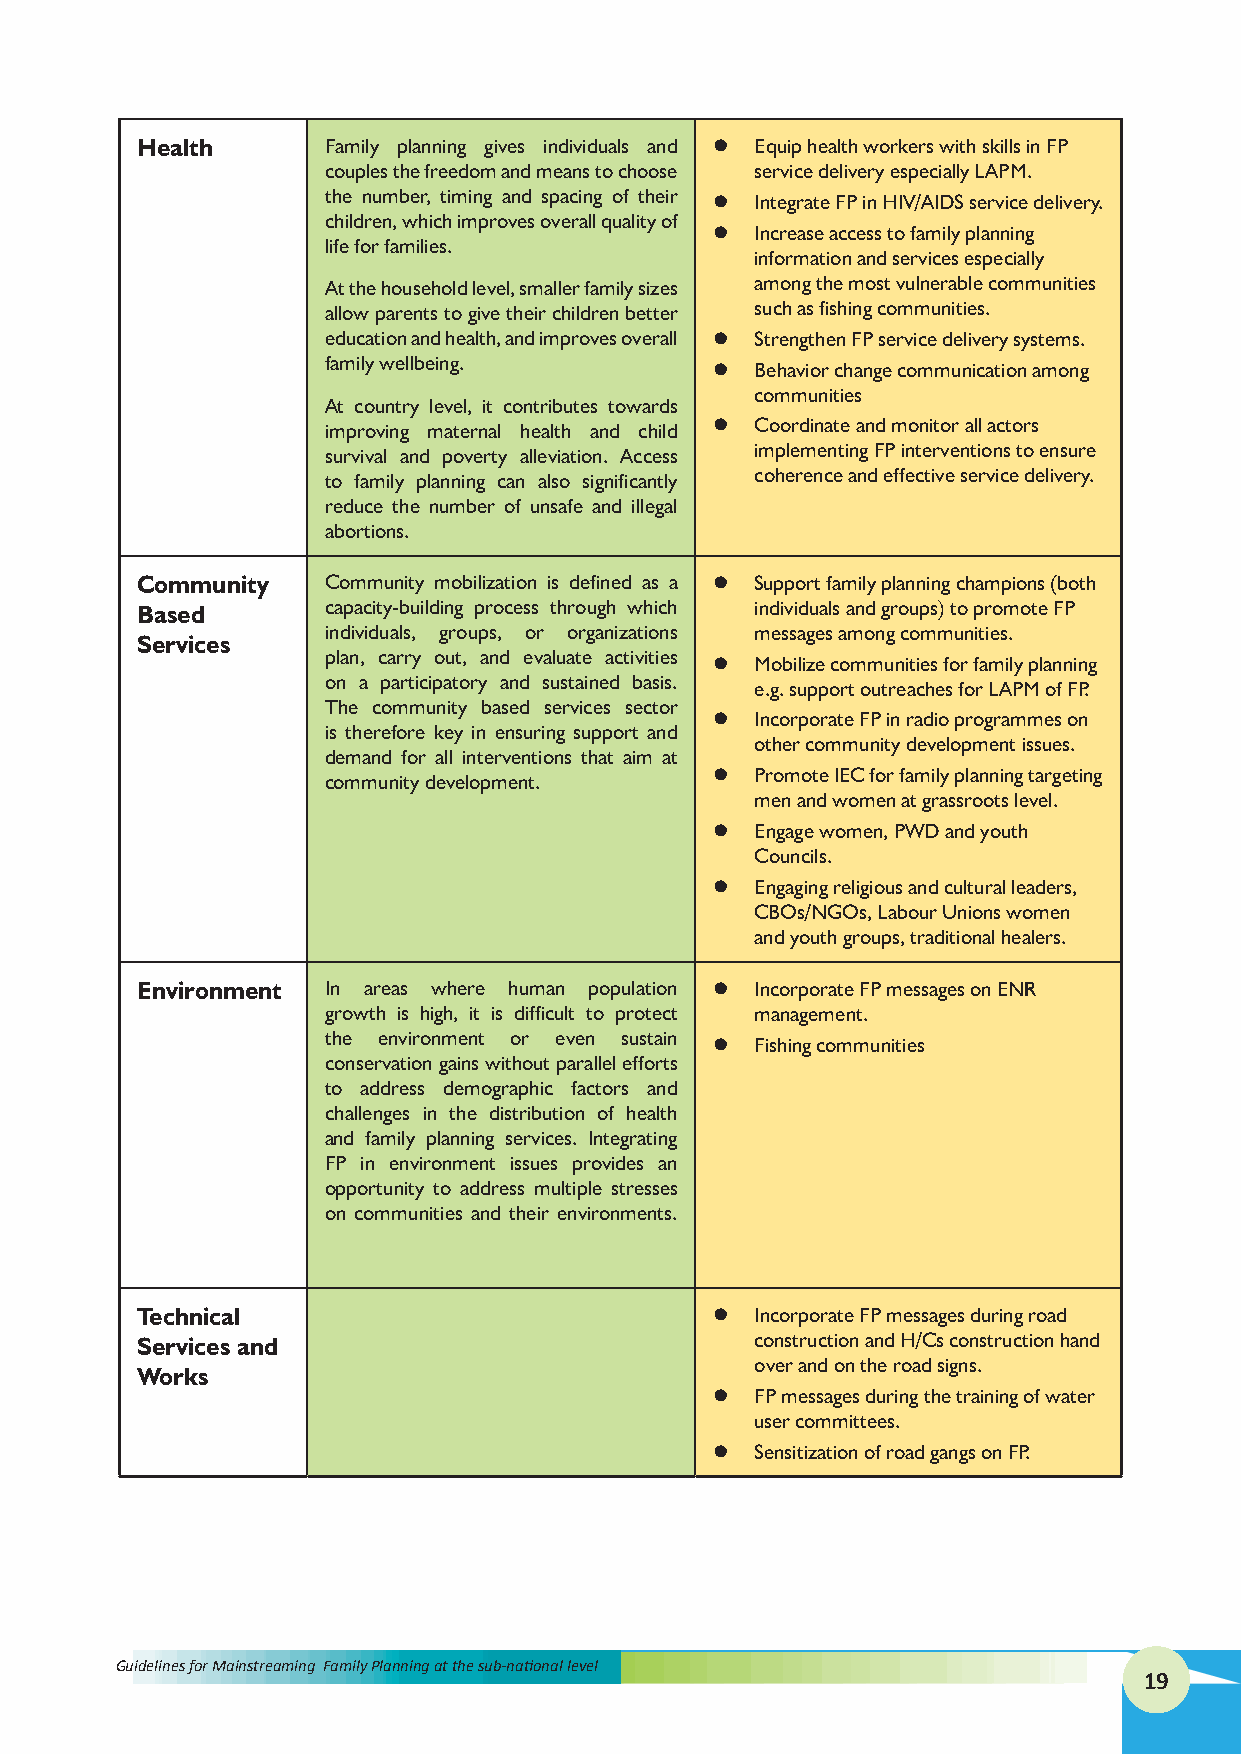
Health       Family planning gives individuals and l Equip health workers with skills in FP
 couples the freedom and means to choose service delivery especially LAPM.
 the number, timing and spacing of their l Integrate FP in HIV/AIDS service delivery.
 children, which improves overall quality of
 l  Increase access to family planning
 life for families.
 information and services especially
 At the household level, smaller family sizes among the most vulnerable communities
 allow parents to give their children better such as fishing communities.
 education and health, and improves overall l Strengthen FP service delivery systems.
 family wellbeing.        l  Behavior change communication among
 communities
 At country level, it contributes towards
 improving maternal health and child l Coordinate and monitor all actors
 survival and poverty alleviation. Access implementing FP interventions to ensure
 to family planning can also significantly coherence and effective service delivery.
 reduce the number of unsafe and illegal
 abortions.
 Community    Community mobilization is defined as a l Support family planning champions (both
 Based        capacity-building process through which individuals and groups) to promote FP
 individuals, groups, or organizations messages among communities.
 Services
 plan, carry out, and evaluate activities l Mobilize communities for family planning
 on a participatory and sustained basis. e.g. support outreaches for LAPM of FP.
 The community based services sector
 l  Incorporate FP in radio programmes on
 is therefore key in ensuring support and
 other community development issues.
 demand for all interventions that aim at
 l  Promote IEC for family planning targeting
 community development.
 men and women at grassroots level.
 l  Engage women, PWD and youth
 Councils.
 l  Engaging religious and cultural leaders,
 CBOs/NGOs, Labour Unions women
 and youth groups, traditional healers.
 Environment  In areas where human population l Incorporate FP messages on ENR
 growth is high, it is difficult to protect management.
 the environment or even sustain l Fishing communities
 conservation gains without parallel efforts
 to address demographic factors and
 challenges in the distribution of health
 and family planning services. Integrating
 FP in environment issues provides an
 opportunity to address multiple stresses
 on communities and their environments.
 Technical                             l  Incorporate FP messages during road
 Services and                             construction and H/Cs construction hand
 over and on the road signs.
 Works
 l  FP messages during the training of water
 user committees.
 l  Sensitization of road gangs on FP.
 Guidelines for Mainstreaming Family Planning at the sub-national level
 19